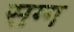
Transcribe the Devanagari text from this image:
सग्ग